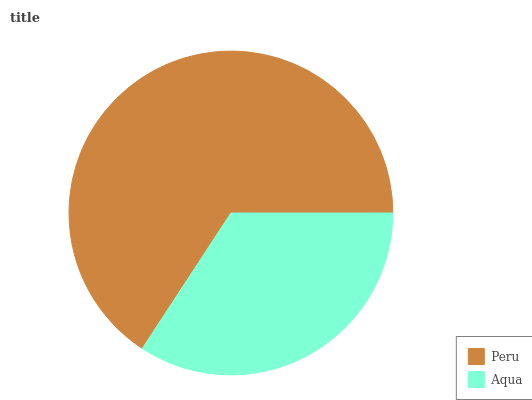
| Peru | Aqua |
 | --- | --- |
 | 65.8% | 34.2% |